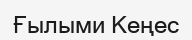
Ғылыми Кеңес